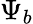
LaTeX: \Psi_{b}